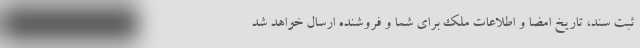
ثبت سند، تاریخ امضا و اطلاعات ملک برای شما و فروشنده ارسال خواهد شد